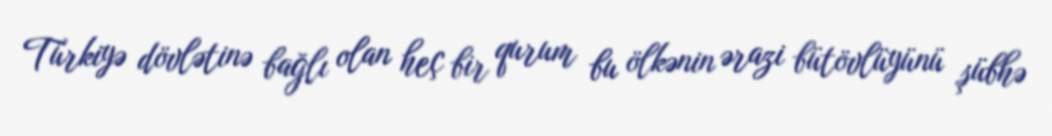
Türkiyə dövlətinə bağlı olan heç bir qurum bu ölkənin ərazi bütövlüyünü şübhə